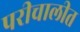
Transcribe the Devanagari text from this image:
परीचालीत